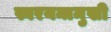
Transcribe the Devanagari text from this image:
स्वरयन्त्रमुखी